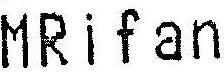
MRIFAN